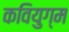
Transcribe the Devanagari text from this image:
कवियुग्म